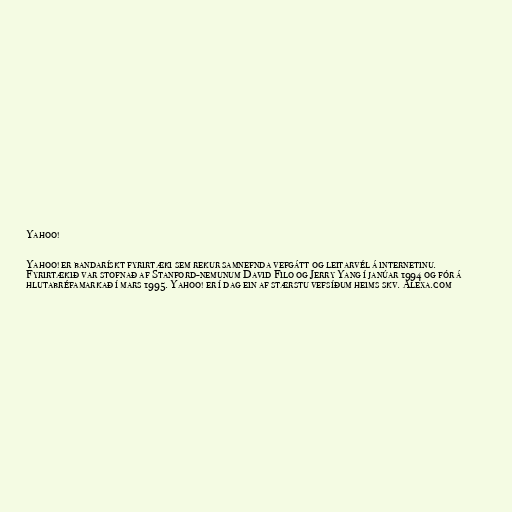
Yahoo!

Yahoo! er bandarískt fyrirtæki sem rekur samnefnda vefgátt og leitarvél á internetinu.
Fyrirtækið var stofnað af Stanford-nemunum David Filo og Jerry Yang í janúar 1994 og fór á
hlutabréfamarkað í mars 1995. Yahoo! er í dag ein af stærstu vefsíðum heims skv. Alexa.com